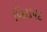
ખિરાપદ